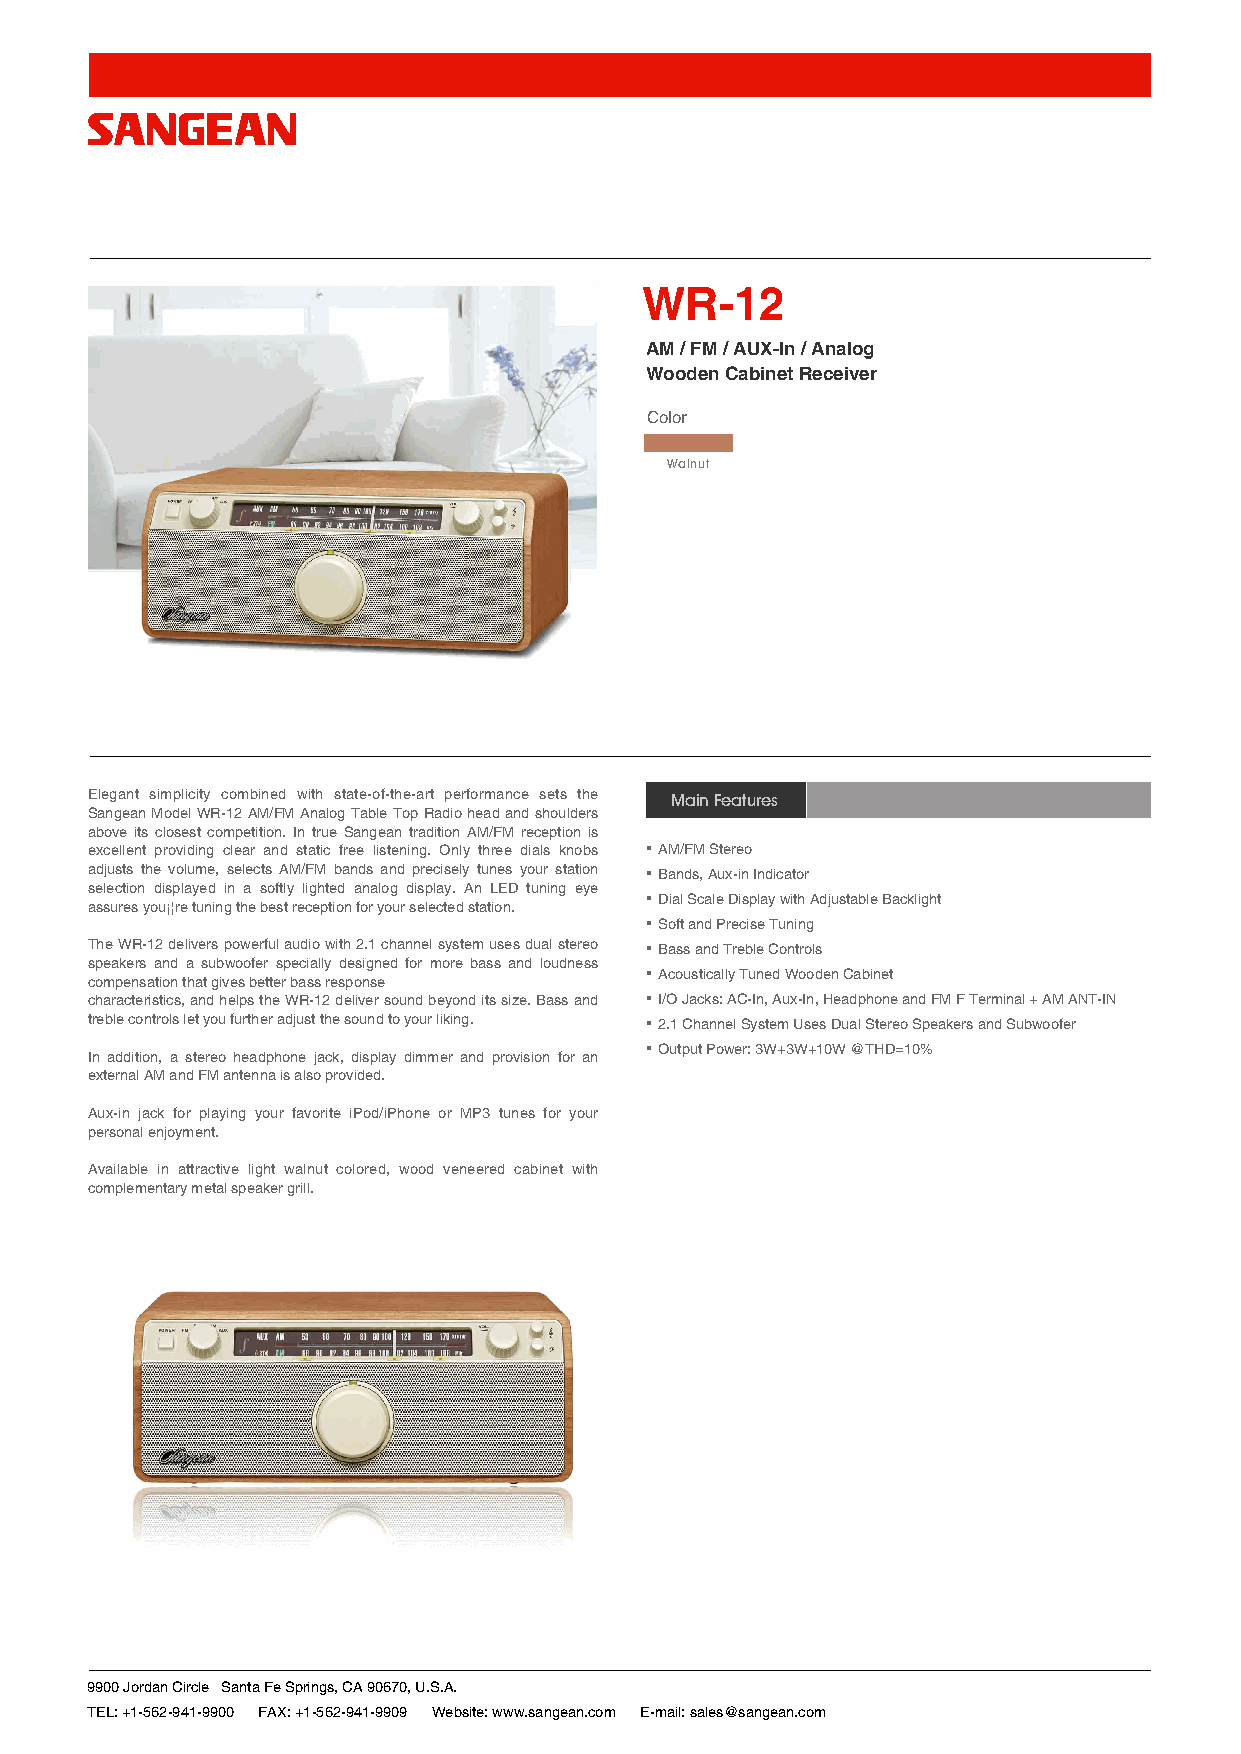
SAI
 WR-12
 AM / FM / AUX-In / Analog
 Wooden Cabinet Receiver
 Color
 Walnut
 iPod not included
 Elegant simplicity combined with state-of-the-art performance sets the Main Features
 Sangean Model WR-12 AM/FM Analog Table Top Radio head and shoulders
 above its closest competition. In true Sangean tradition AM/FM reception is .
 excellent providing clear and static free listening. Only three dials knobs .AM/FM Stereo
 adjusts the volume, selects AM/FM bands and precisely tunes your station .Bands, Aux-in Indicator
 selection displayed in a softly lighted analog display. An LED tuning eye
 assures you¡¦re tuning the best reception for your selected station.
 .Dial Scale Display with Adjustable Backlight
 .Soft and Precise Tuning
 The WR-12 delivers powerful audio with 2.1 channel system uses dual stereo .Bass and Treble Controls
 speakers and a subwoofer specially designed for more bass and loudness
 compensation that gives better bass response
 .Acoustically Tuned Wooden Cabinet
 characteristics, and helps the WR-12 deliver sound beyond its size. Bass and .I/O Jacks: AC-In, Aux-In, Headphone and FM F Terminal + AM ANT-IN
 treble controls let you further adjust the sound to your liking. .2.1 Channel System Uses Dual Stereo Speakers and Subwoofer
 Output Power: 3W+3W+10W @THD=10%
 In addition, a stereo headphone jack, display dimmer and provision for an
 external AM and FM antenna is also provided.
 Aux-in jack for playing your favorite iPod/iPhone or MP3 tunes for your
 personal enjoyment.
 Available in attractive light walnut colored, wood veneered cabinet with
 complementary metal speaker grill.
 9900 Jordan Circle Santa Fe Springs, CA 90670, U.S.A.
 TEL: +1-562-941-9900 FAX: +1-562-941-9909 Website: www.sangean.com E-mail: sales@sangean.com
 No. 18, Lane 7, Li-De Street, Chung Ho District, New Taipei City, 235, Taiwan, R.O.C.
 TEL: +886-2-2225-0303 FAX: +886-2-2223-3549 Website: www.sangean.com.tw E-mail: info@sangean.com.tw
 2651 Troy Avenue, South El Monte, CA 91733, U.S.A.
 TEL: +1-626-579-1600 FAX: +1-626-579-6806 Website: www.sangean.com E-mail: sales@sangean.com
 Ankerkade 20, 5928 PL Venlo, The Netherlands
 TEL: +31-77-3829344 FAX: +31-77-3875357 FAX: www.sangean.eu E-mail: sales@sangean.eu